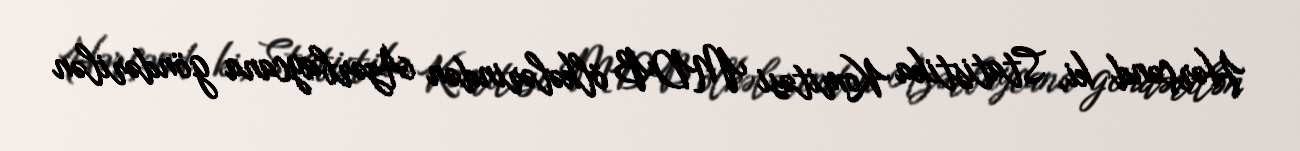
Hərçənd ki, Statistika Komitəsi MDB ölkələrindən Azərbaycana göndərilən